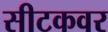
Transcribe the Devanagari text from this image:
सीटकवर